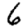
Digit: 6